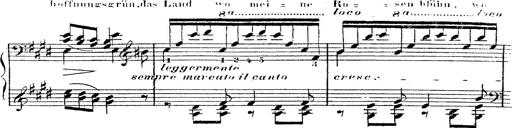
Title: 12 Lieder von Franz Schubert
Composer: Franz Liszt